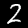
Digit: 2